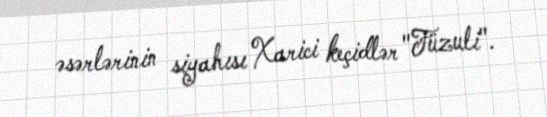
əsərlərinin siyahısı Xarici keçidlər "Füzuli".